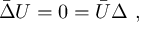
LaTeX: \bar { \Delta } U = 0 = \bar { U } \Delta \ ,